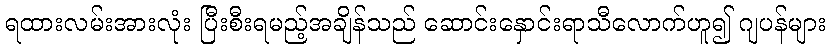
ရထားလမ်းအားလုံး ပြီးစီးရမည့်အချိန်သည် ဆောင်းနှောင်းရာသီလောက်ဟူ၍ ဂျပန်များ